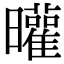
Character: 𣌓